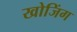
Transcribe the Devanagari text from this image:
खोजिंग